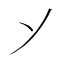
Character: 𬼀